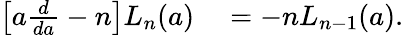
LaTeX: \begin{array}{rl}{\left[a\frac{d}{da}-n\right]L_{n}(a)}&{{}=-nL_{n-1}(a).}\end{array}